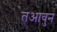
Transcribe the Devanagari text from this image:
तआवुन